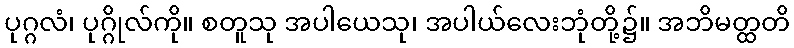
ပုဂ္ဂလံ၊ ပုဂ္ဂိုလ်ကို။ စတူသု အပါယေသု၊ အပါယ်လေးဘုံတို့၌။ အဘိမတ္ထတိ